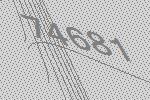
74681